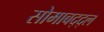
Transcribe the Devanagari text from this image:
सोमाबद्द्ल